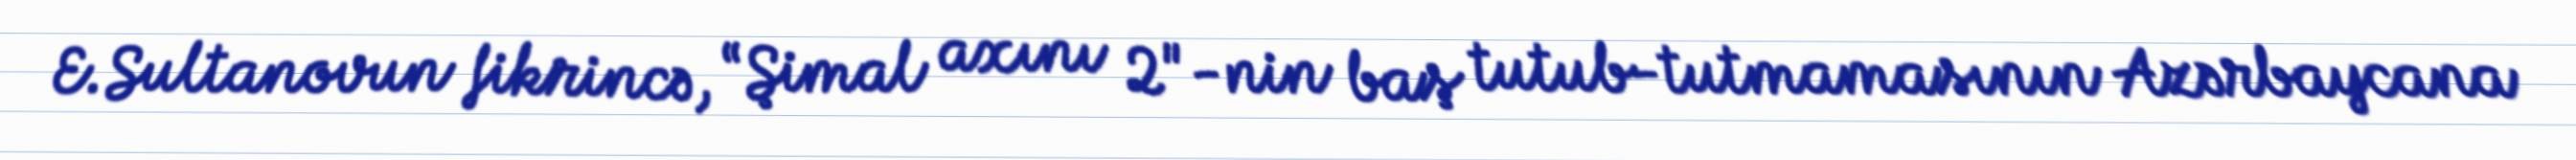
E.Sultanovun fikrincə, “Şimal axını 2"-nin baş tutub-tutmamasının Azərbaycana